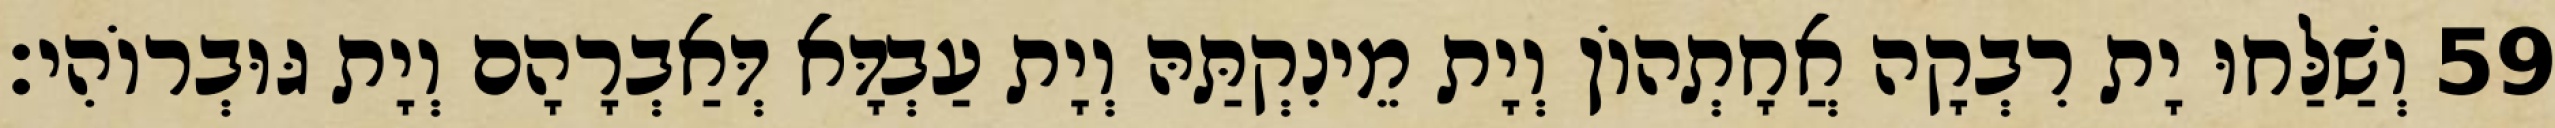
59 וְשַׁלַּחוּ יָת רִבְקָה אֲחָתְהוֹן וְיָת מֵינִקְתַּהּ וְיָת עַבְדָּא דְּאַבְרָהָם וְיָת גּוּבְרוֹהִי׃